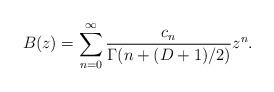
LaTeX: \begin{align*}B(z)=\sum_{n=0}^\infty\frac{c_n}{\Gamma(n+(D+1)/2)}z^n.\end{align*}